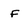
Character: f